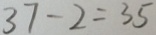
3 7 - 2 = 3 5